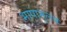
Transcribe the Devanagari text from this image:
भाषामूलक